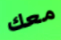
معك